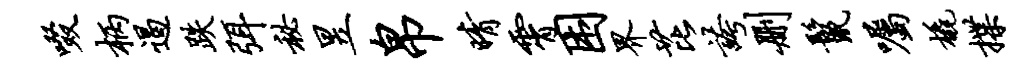
啜柄遏跌弭秘昱帛晴霄困界芘夸删鬣嘱橇揲